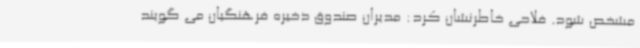
مشخص شود. فلاحی خاطرنشان کرد: مدیران صندوق ذخیره فرهنگیان می گویند